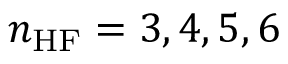
n _ { \mathrm { H F } } = 3 , 4 , 5 , 6